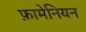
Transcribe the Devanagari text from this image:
फ़ामेनियन